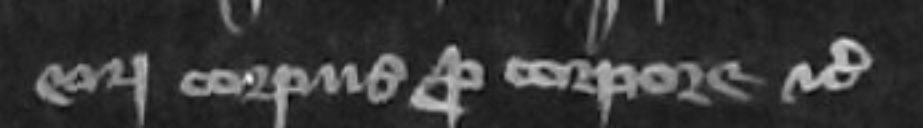
eorundem corpus pro corpore etc